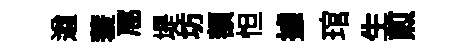
遒蓑豗堤坊額怛據琯生煎